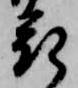
表